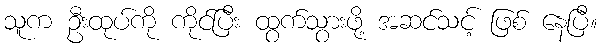
သူက ဦးထုပ်ကို ကိုင်ပြီး ထွက်သွားဖို့ အဆင်သင့် ဖြစ် နေပြီ။